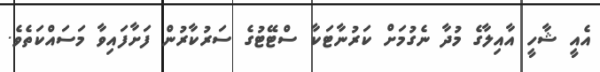
އެއީ ޝާހީ އާއިލާގެ މުދާ ނެގުމަށް ކަރުނާޓަކާ ސްޓޭޓުގެ ސަރުކާރުން ފަށާފައިވާ މަސައްކަތެވެ.